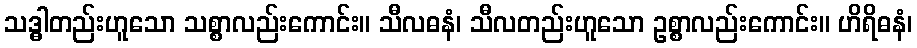
သဒ္ဓါတည်းဟူသော သစ္စာလည်းကောင်း။ သီလဓနံ၊ သီလတည်းဟူသော ဥစ္စာလည်းကောင်း။ ဟိရိဓနံ၊